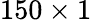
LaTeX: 150\times 1